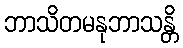
ဘာသိတမနုဘာသန္တိ